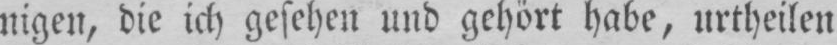
nigen, die ich gesehen und gehört habe, urtheilen